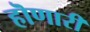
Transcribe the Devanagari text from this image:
हॊणारी